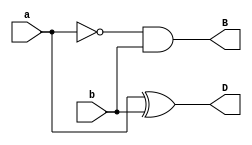
`timescale 1ns / 1ps
//////////////////////////////////////////////////////////////////////////////////
// Company: 
// Engineer: 
// 
// Design Name: 
// Module Name: Half_Subractor
// Project Name: 
// Target Devices: 
// Tool Versions: 
// Description: 
// 
// Dependencies: 
// 
// Revision:
// Revision 0.01 - File Created
// Additional Comments:
// 
//////////////////////////////////////////////////////////////////////////////////


module Half_Subractor(input a,b,output D,B);
  assign D = a ^ b;
  assign B = ~a & b;
endmodule